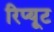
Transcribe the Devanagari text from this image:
रिप्यूट